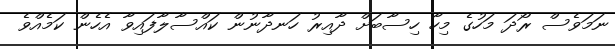
ނަމަވެސް ރޯދަ މަހުގެ މިހާ ހިސާބަށް ދާއިރު ހަނދާނުން ކައްސާލާފައިވާ އެހެން ކަމެއްވެ